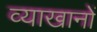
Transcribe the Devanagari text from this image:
व्याखानों